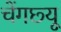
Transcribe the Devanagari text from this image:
चेंगछ्यू